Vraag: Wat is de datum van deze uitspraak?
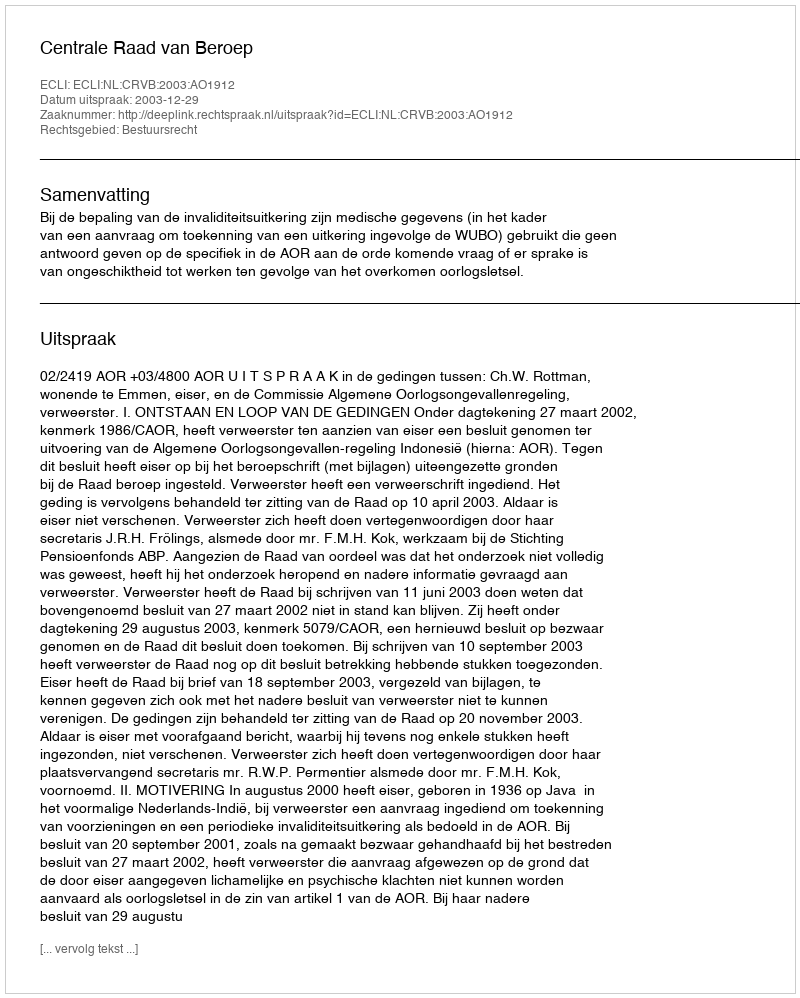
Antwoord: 2003-12-29